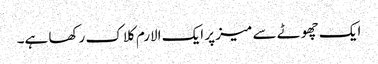
ایک چھوٹے سے میز پر ایک الارم کلاک رکھا ہے۔